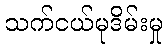
သက်ငယ်မုဒိမ်းမှု